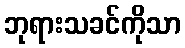
ဘုရားသခင်ကိုသာ